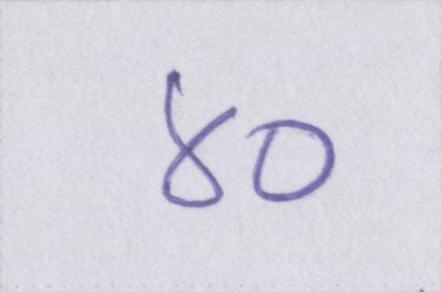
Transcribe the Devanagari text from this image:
४०